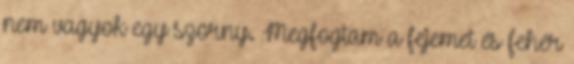
nem vagyok egy szörny. Megfogtam a fejemet és fehér